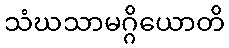
သံဃသာမဂ္ဂိယောတိ